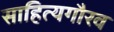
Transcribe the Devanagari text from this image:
साहित्यगौरव